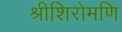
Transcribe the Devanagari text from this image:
श्रीशिरोमणि